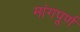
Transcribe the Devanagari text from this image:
मांगपूर्ण